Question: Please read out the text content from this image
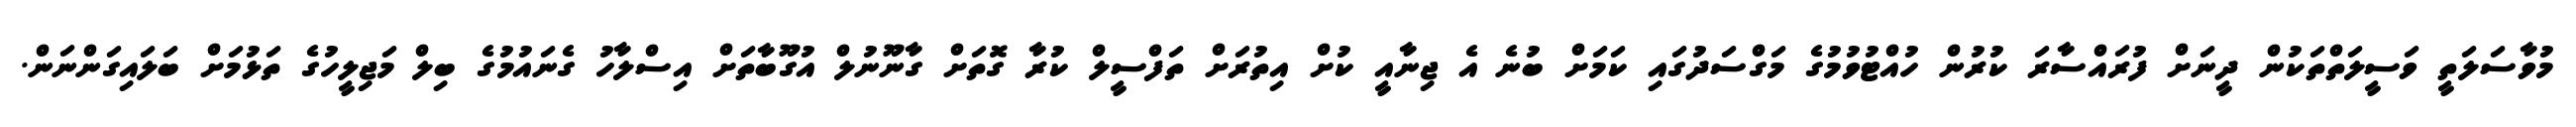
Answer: މުވާސަލަތީ ވަސީލަތްތަކުން ދީނަށް ފުރައްސާރަ ކުރުން ހުއްޓުވުމުގެ މަގްސަދުގައި ކަމަށް ބުނެ އެ ޖިނާއީ ކުށް އިތުރަށް ތަފްސީލް ކުރާ ގޮތަށް ގާނޫނުލް އުގޫބާތަށް އިސްލާހު ގެނައުމުގެ ބިލް މަޖިލީހުގެ ތަޅުމަށް ބަލައިގަންނަން.